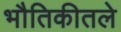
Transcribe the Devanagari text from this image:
भौतिकीतले